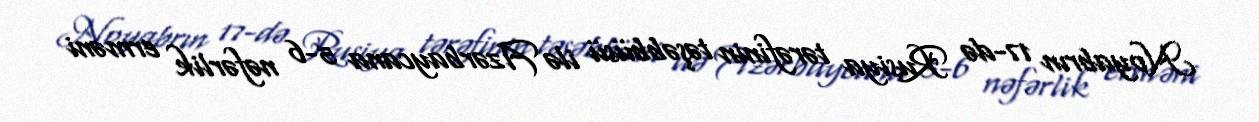
Noyabrın 17-də Rusiya tərəfinin təşəbbüsü ilə Azərbaycana 5-6 nəfərlik erməni